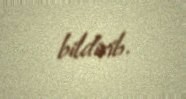
bildirib.